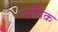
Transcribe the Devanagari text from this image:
नाषिक